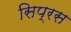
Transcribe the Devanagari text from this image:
सिप्रस